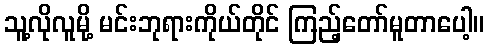
သူ့လိုလူမို့ မင်းဘုရားကိုယ်တိုင် ကြည့်တော်မူတာပေါ့။